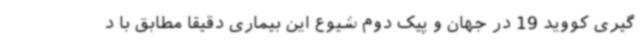
گیری کووید 19 در جهان و پیک دوم شیوع این بیماری دقیقاً مطابق با د